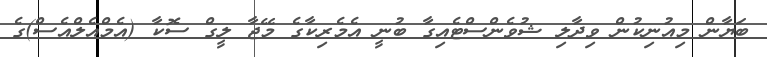
ބަޔާން މިއުނިކުން ވިދާލި ޝުވެންސްޓެއިގާ ބުނީ އެމެރިކާގެ މޭޖާ ލީގް ސޮކާ (އެމްއެލްއެސް)ގެ